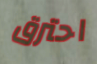
احترق